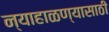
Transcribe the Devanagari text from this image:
न्याहाळण्यासाठी